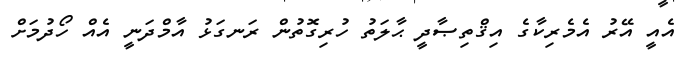
އެއީ އޭރު އެމެރިކާގެ އިޤްތިޞާދީ ޙާލަތު ހުރިގޮތުން ރަނގަޅު އާމްދަނީ އެއް ހޯދުމަށް